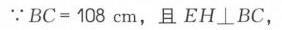
$\because BC = 108\mathrm{cm}$，且$EH\perp BC$，